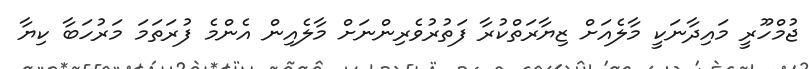
ޖުމްހޫރީ މައިދާނަކީ މާލެއަށް ޒިޔާރަތްކުރާ ފަތުރުވެރިންނަށް މާލެއިން އެންމެ ފުރަތަމަ މަރުހަބާ ކިޔާ